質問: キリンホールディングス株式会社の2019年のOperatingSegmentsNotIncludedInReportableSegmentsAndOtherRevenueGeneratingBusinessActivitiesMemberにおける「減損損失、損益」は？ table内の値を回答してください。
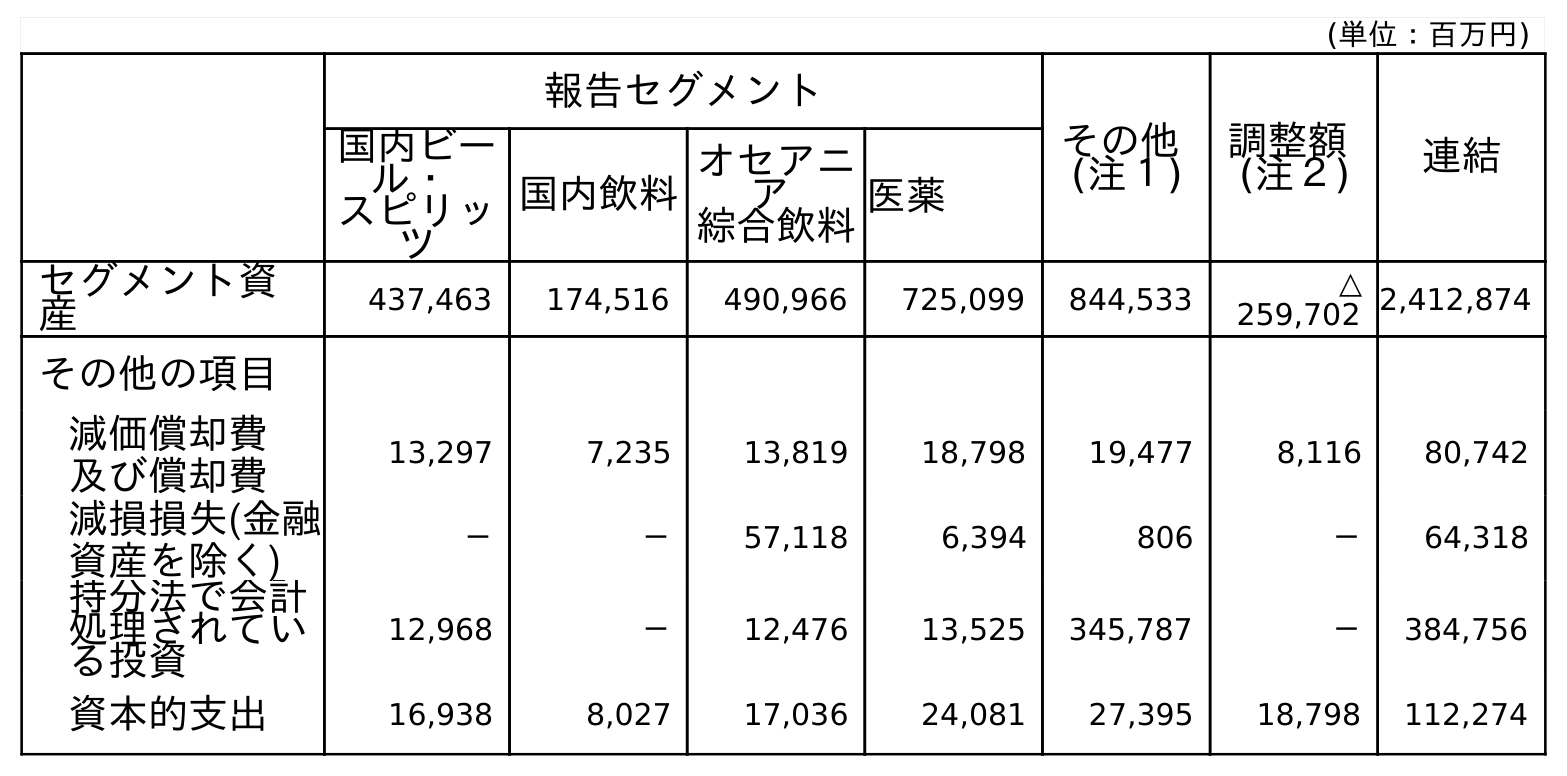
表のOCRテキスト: (単位：百万円) 報告セグメント その他 (注１) 調整額 (注２) 連結 国内ビー ル・ スピリッ ツ 国内飲料 オセアニ ア 綜合飲料医薬 セグメント資 産 437,463 174,516 490,966 725,099 844,533 △ 259,702 2,412,874 その他の項目 減価償却費 及び償却費 13,297 7,235 13,819 18,798 19,477 8,116 80,742 減損損失(金融 資産を除く) － － 57,118 6,394 806 － 64,318 持分法で会計 処理されてい る投資 12,968 － 12,476 13,525 345,787 － 384,756 資本的支出 16,938 8,027 17,036 24,081 27,395 18,798 112,274
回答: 806